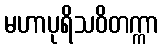
မဟာပုရိသဝိတက္ကာ